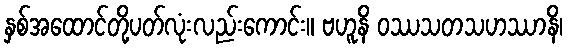
နှစ်အထောင်တို့ပတ်လုံးလည်းကောင်း။ ဗဟူနိ ဝဿသတသဟဿာနိ၊